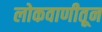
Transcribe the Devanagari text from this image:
लोकवाणीतून